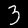
Label: 3